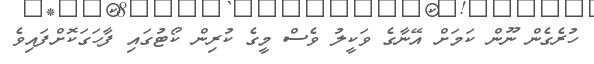
ހުރެގެން ނޫން ކަމަށް އޭނާގެ ވަކީލު ވެސް މީގެ ކުރިން ކޯޓުގައި ފާހަގަކޮށްފައިވެ